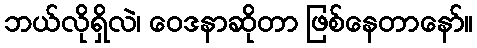
ဘယ်လိုရှိလဲ၊ ဝေဒနာဆိုတာ ဖြစ်နေတာနော်။